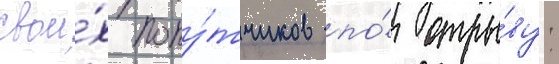
свои́х попу́тчиков по́ отры́ву: